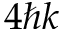
4 \hbar k